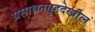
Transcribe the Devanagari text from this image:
प्रसाधनगृहदेखील